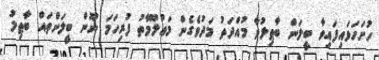
ހުށަހަޅައިފައިވާ ބީލަން ބާޠިލުވާ މުއްދަތު މަދުވެގެން މަޢުލޫމާތު ފުރިހަމަ ނޫން ބީލަންތައް ބާޠިލު